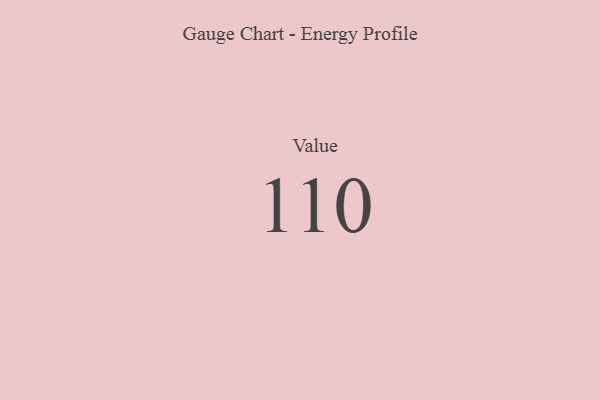
{"axis": {"x": "Metric", "y": "Value"}, "legend": [""], "data": [{"x": "Value", "y": 110, "type": ""}]}